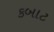
કબાટ